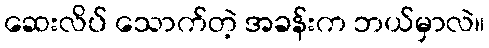
ဆေးလိပ် သောက်တဲ့ အခန်းက ဘယ်မှာလဲ။